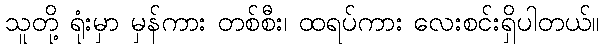
သူတို့ ရုံးမှာ မှန်ကား တစ်စီး၊ ထရပ်ကား လေးစင်းရှိပါတယ်။